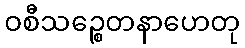
ဝစီသဉ္စေတနာဟေတု